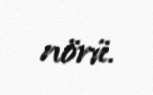
növü.